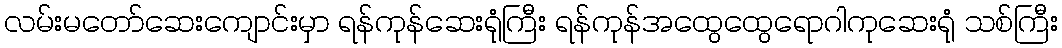
လမ်းမတော်ဆေးကျောင်းမှာ ရန်ကုန်ဆေးရုံကြီး ရန်ကုန်အထွေထွေရောဂါကုဆေးရုံ သစ်ကြီး